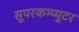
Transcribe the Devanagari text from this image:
सूपरकम्प्यूटर